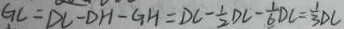
G C = D C - D H - G H = D C - \frac { 1 } { 2 } D C - \frac { 1 } { 6 } D C = \frac { 1 } { 3 } D C